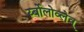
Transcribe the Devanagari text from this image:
र्य्बोलोव्लेव्